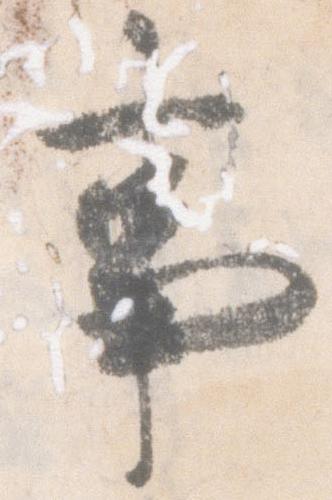
事